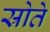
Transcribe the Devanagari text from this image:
स्रोते